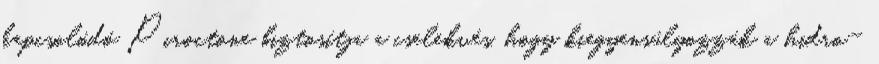
kapcsolódó Piroctone biztosítja a cselekvés, hogy kiegyensúlyozzák a hidro-